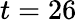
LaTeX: t=26